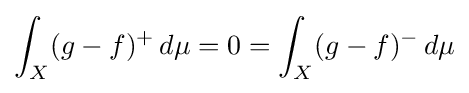
\int _{X}(g-f)^{+}\,d\mu =0=\int _{X}(g-f)^{-}\,d\mu